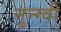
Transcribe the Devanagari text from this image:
नुन्ग्वी